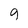
Character: 9